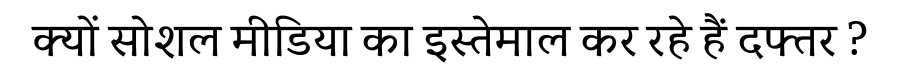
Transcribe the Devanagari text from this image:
क्यों सोशल मीडिया का इस्तेमाल कर रहे हैं दफ्तर ?